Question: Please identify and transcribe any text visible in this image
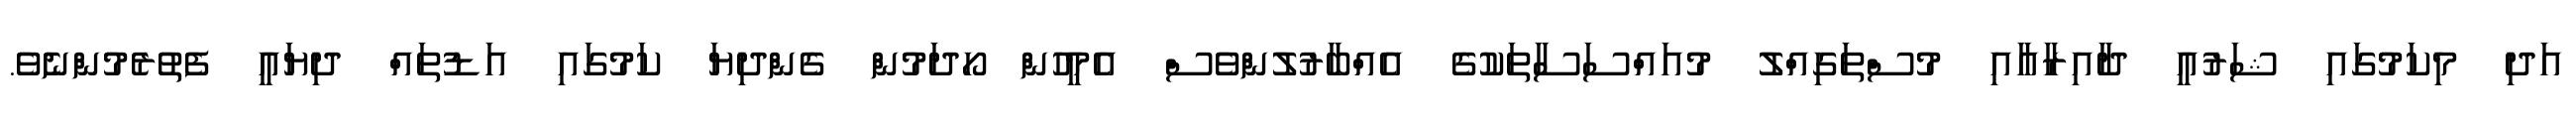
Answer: އަދި މިކަމުގައި ޝަރުއީ ދާއިރާއާއި މުސްތަގިއްލު މުއައްސަސާތަކުގެ އެއްބާރުލުންވެސް އެމީހުން ހޯދަމުން ގެންދިޔަ ކަމުގައި އަޑުތައް ދިޔައީ ފެތުރެމުންނެވެ.